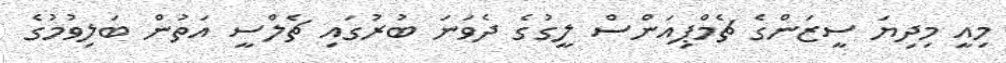
މިއީ މިދިޔަ ސީޒަންގެ ޗެމްޕިއަންސް ލީގުގެ ދެވަނަ ބުރުގައި ޗެލްސީ އަތުން ބަލިވުމުގެ